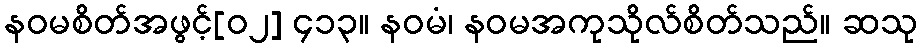
နဝမစိတ်အဖွင့်[၀၂] ၄၁၃။ နဝမံ၊ နဝမအကုသိုလ်စိတ်သည်။ ဆသု